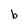
Character: b